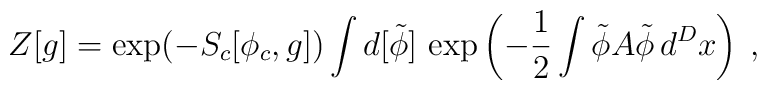
Z[g]=\exp(-S_c[\phi_c,g])\int d[\tilde\phi]\,\exp\left(-\frac12\int\tilde\phi A\tilde\phi\,d^Dx\right)\:,\nonumber